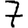
Digit: 7